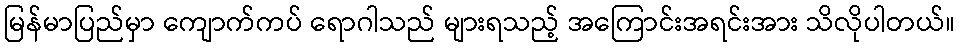
မြန်မာပြည်မှာ ကျောက်ကပ် ရောဂါသည် များရသည့် အကြောင်းအရင်းအား သိလိုပါတယ်။